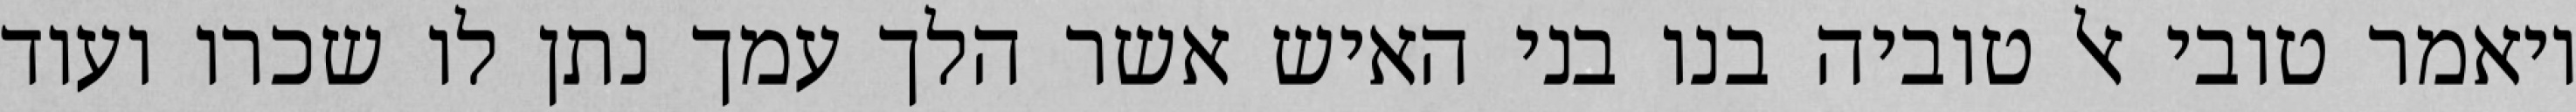
ויאמר טובי אל טוביה בנו בני האיש אשר הלך עמך נתן לו שכרו ועוד